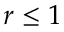
r \le 1